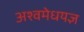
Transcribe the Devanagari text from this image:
अश्वमेधयज्ञ